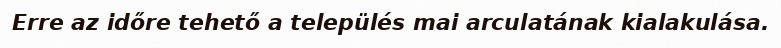
Erre az időre tehető a település mai arculatának kialakulása.